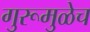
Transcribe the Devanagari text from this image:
गुरूमुळेच